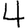
Digit: 4